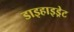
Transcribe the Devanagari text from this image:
डाइहाइड्रेट